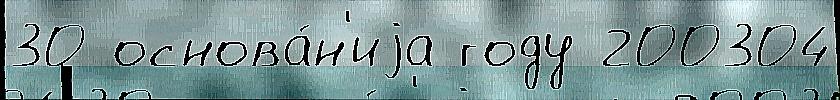
30 основа́н'иjа году 200304